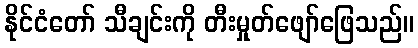
နိုင်ငံတော် သီချင်းကို တီးမှုတ်ဖျော်ဖြေသည်။